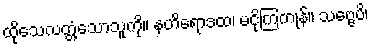
ထိုသေလတ္တံ့သောသူကို။ နဟိရောဒထ၊ မငိုကြကုန်။ သဗ္ဗေပိ၊